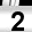
Digit: 2